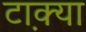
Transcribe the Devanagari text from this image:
टा़क्या